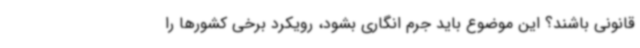
قانونی باشند؟ این موضوع باید جرم انگاری بشود، رویکرد برخی کشورها را